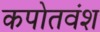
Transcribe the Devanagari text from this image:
कपोतवंश